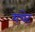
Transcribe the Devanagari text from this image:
गचेट